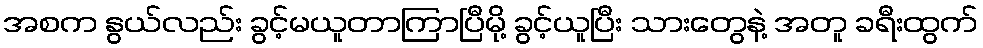
အစက နွယ်လည်း ခွင့်မယူတာကြာပြီမို့ ခွင့်ယူပြီး သားတွေနဲ့ အတူ ခရီးထွက်